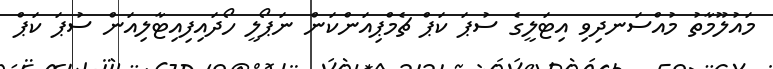
މައުލޫމާތު މުއްސަނދިވި އިޓަލީގެ ސުޕަ ކަޕް ޗެމްޕިއަންކަން ނަޕޯލީ ހޯދައިފިއިޓާލިއަން ސުޕަ ކަޕް